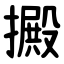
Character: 㩔